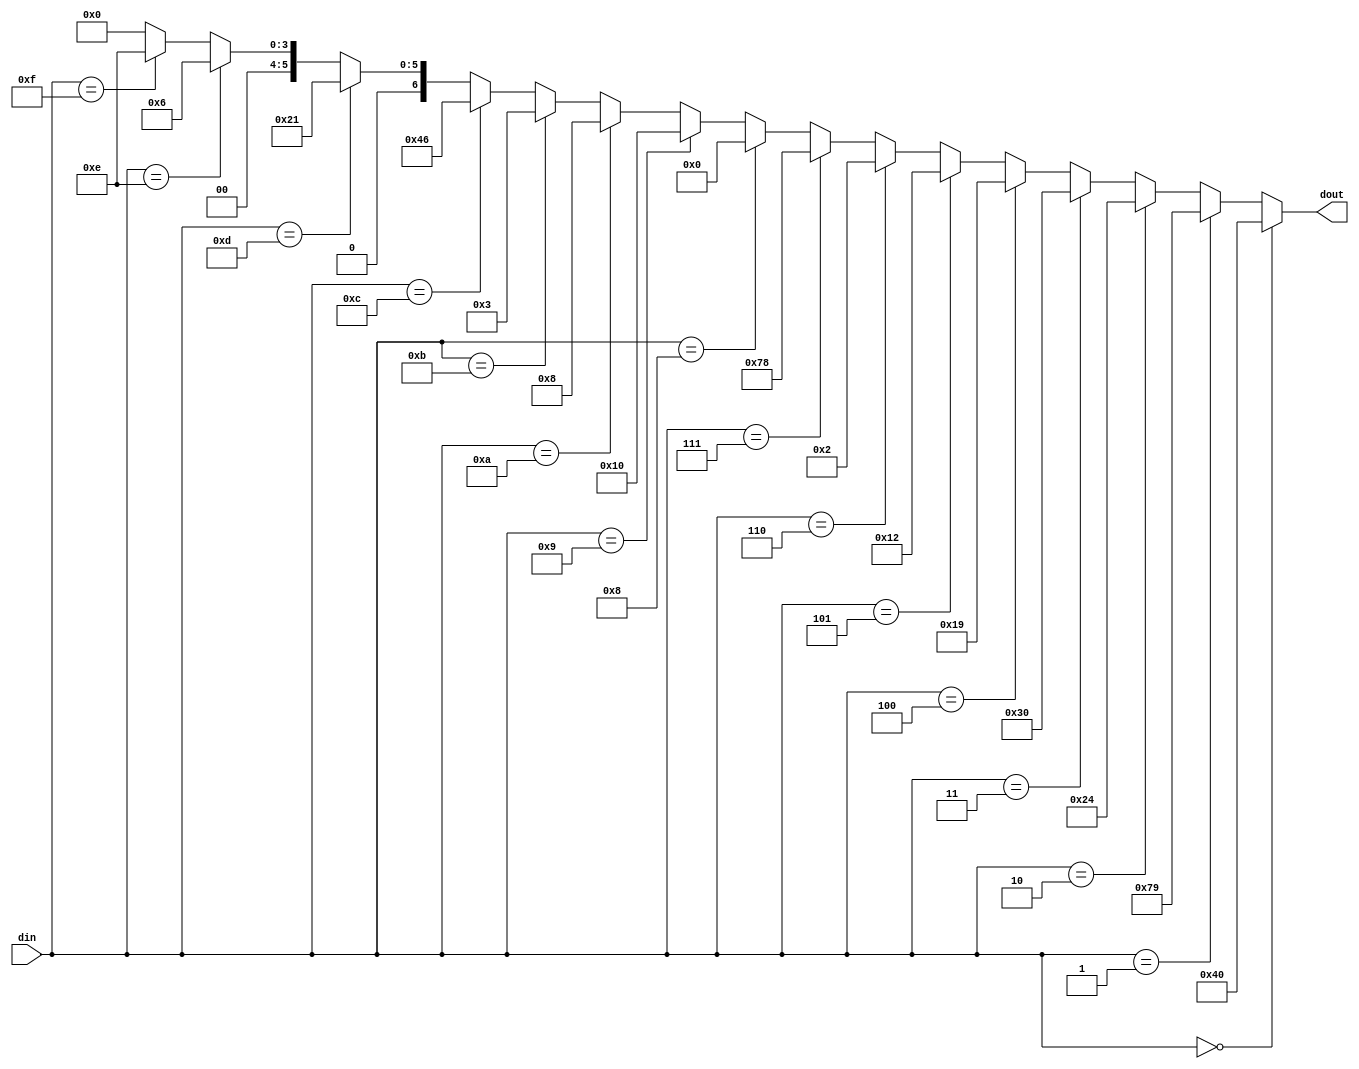
module bcd7(
	din,
	dout
);
input 	[3:0]	din;
output 	[6:0] 	dout;

assign	dout=(din==4'h0)?7'b1000000:
             (din==4'h1)?7'b1111001:
             (din==4'h2)?7'b0100100:
             (din==4'h3)?7'b0110000:
             (din==4'h4)?7'b0011001:
             (din==4'h5)?7'b0010010:
             (din==4'h6)?7'b0000010:
             (din==4'h7)?7'b1111000:
             (din==4'h8)?7'b0000000:
             (din==4'h9)?7'b0010000:
			 (din==4'hA)?7'b0001000:
			 (din==4'hB)?7'b0000011:
			 (din==4'hC)?7'b1000110:
			 (din==4'hD)?7'b0100001:
			 (din==4'hE)?7'b0000110:
			 (din==4'hF)?7'b0001110:7'b0;
endmodule